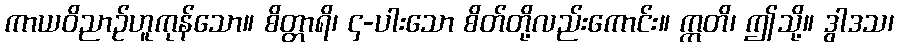
ကာယဝိညာဉ်ဟူကုန်သော။ စိတ္တာရိ၊ ၄-ပါးသော စိတ်တို့လည်းကောင်း။ ဣတိ၊ ဤသို့။ ဒွါဒသ၊